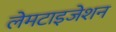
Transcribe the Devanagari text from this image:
लेमटाइजेशन